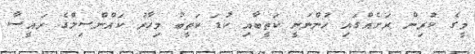
މީގެ ކުރިން ރަށެއްގައި ހުންނަނީ ކަތީބާއި ކުޑަ ކަތީބު މިހާރު ކައުްންސިލްގެ ރައީސާ